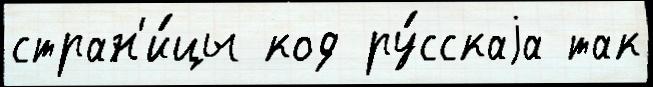
стран'и́цы код ру́сскаjа так